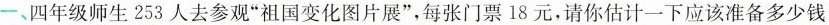
一、四年级师生253人去参观”祖国变化图片展”，每张门票18元，请你估计一下应该准备多少钱